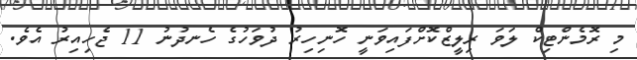
މި ރޮމެންޓިކް ލަވަ ރިލީޒްކޮށްފައިވަނީ ހޮނިހިރު ދުވަހުގެ ހެނދުނު 11 ޖެހިއިރު އެވެ.